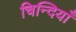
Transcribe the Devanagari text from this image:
चिन्दियाँ